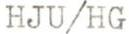
HJU/HG